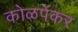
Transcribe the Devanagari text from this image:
कोळपेकर